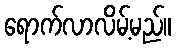
ရောက်လာလိမ့်မည်။